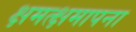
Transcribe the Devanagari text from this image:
क्षमत्क्षमापना